Indian journal of veterinary science and animal husbandry - Volume 1,
Year: 1931
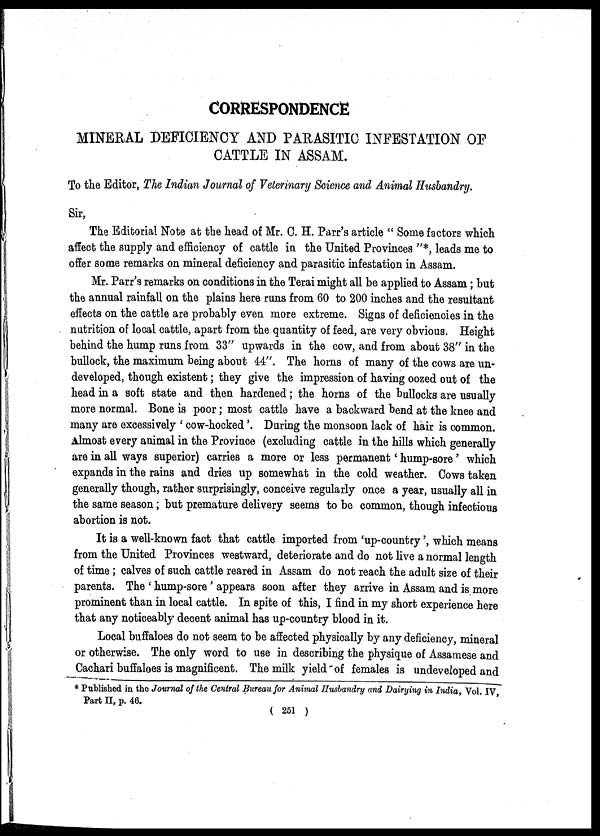
CORRESPONDENCE
MINERAL DEFICIENCY AND PARASITIC INFESTATION OF
CATTLE IN ASSAM.
To the Editor, The Indian Journal of Veterinary Science and Animal Husbandry.
Sir,
The Editorial Note at the head of Mr. C. H. Parr's article " Some factors which
affect the supply and efficiency of cattle in the United Provinces "*, leads me to
offer some remarks on mineral deficiency and parasitic infestation in Assam.
Mr. Parr's remarks on conditions in the Terai might all be applied to Assam; but
the annual rainfall on the plains here runs from 60 to 200 inches and the resultant
effects on the cattle are probably even more extreme. Signs of deficiencies in the
nutrition of local cattle, apart from the quantity of feed, are very obvious. Height
behind the hump runs from 33" upwards in the cow, and from about 38" in the
bullock, the maximum being about 44". The horns of many of the cows are un-
developed, though existent; they give the impression of having oozed out of the
head in a soft state and then hardened; the horns of the bullocks are usually
more normal. Bone is poor; most cattle have a backward bend at the knee and
many are excessively ' cow-hocked'. During the monsoon lack of hair is common.
Almost every animal in the Province (excluding cattle in the hills which generally
are in all ways superior) carries a more or less permanent ' hump-sore ' which
expands in the rains and dries up somewhat in the cold weather. Cows taken
generally though, rather surprisingly, conceive regularly once a year, usually all in
the same season; but premature delivery seems to be common, though infectious
abortion is not.
It is a well-known fact that cattle imported from 'up-country', which means
from the United Provinces westward, deteriorate and do not live a normal length
of time; calves of such cattle reared in Assam do not reach the adult size of their
parents. The ' hump-sore' appears soon after they arrive in Assam and is more
prominent than in local cattle. In spite of this, I find in my short experience here
that any noticeably decent animal has up-country blood in it.
Local buffaloes do not seem to be affected physically by any deficiency, mineral
or otherwise. The only word to use in describing the physique of Assamese and
Cachari buffaloes is magnificent. The milk yield of females is undeveloped and
* Published in the Journal of the Central Bureau for Animal Husbandry and Dairying in India, Vol. IV,
Part II, p. 46.
( 251 )